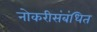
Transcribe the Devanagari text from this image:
नोकरीसंबंधित